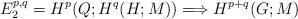
LaTeX: \begin{align*}E_2^{p,q} = H^p(Q;H^q(H;M)) \Longrightarrow H^{p+q}(G;M)\end{align*}